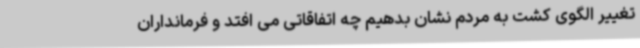
تغییر الگوی کشت به مردم نشان بدهیم چه اتفاقاتی می افتد و فرمانداران